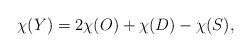
LaTeX: \begin{align*}\chi(Y)=2\chi(O)+\chi(D)-\chi(S),\end{align*}